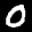
Label: 0